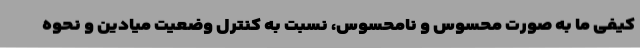
کیفی ما به صورت محسوس و نامحسوس، نسبت به کنترل وضعیت میادین و نحوه